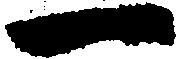
一